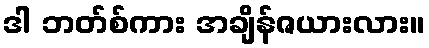
ဒါ ဘတ်စ်ကား အချိန်ဇယားလား။